Report of the Bombay Veterinary College
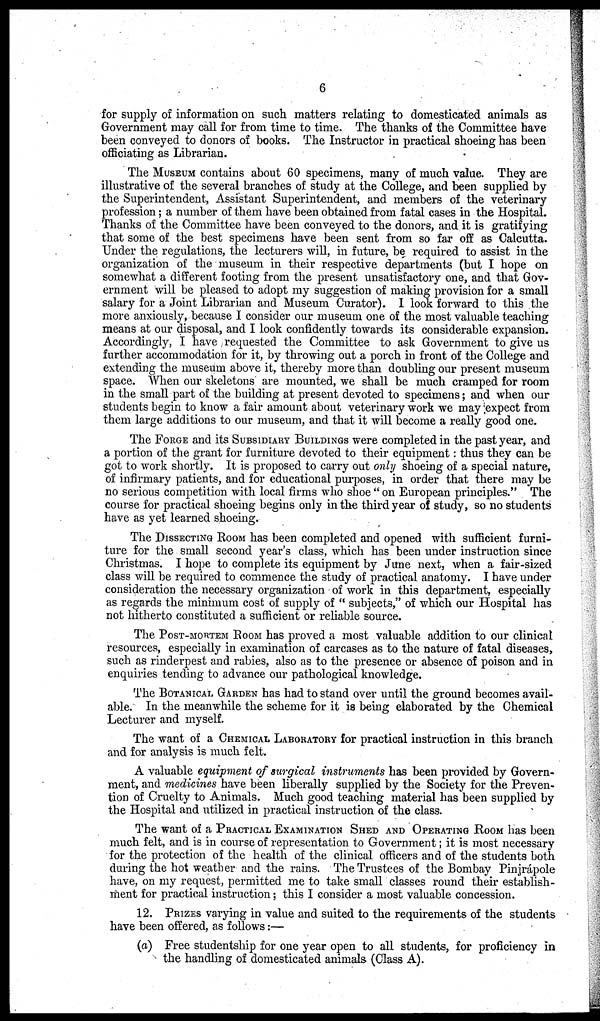
6
for supply of information on such matters relating to domesticated animals as
Government may call for from time to time. The thanks of the Committee have
been conveyed to donors of books. The Instructor in practical shoeing has been
officiating as Librarian.
The MUSEUM contains about 60 specimens, many of much value. They are
illustrative of the several branches of study at the College, and been supplied by
the Superintendent, Assistant Superintendent, and members of the veterinary
profession; a number of them have been obtained from fatal cases in the Hospital.
Thanks of the Committee have been conveyed to the donors, and, it is gratifying
that some of the best specimens have been sent from so far off as Calcutta.
Under the regulations, the lecturers will, in future, be required to assist in the
organization of the museum in their respective departments (but I hope on
somewhat a different footing from the present unsatisfactory one, and that Gov-
ernment will be pleased to adopt my suggestion of making provision for a small
salary for a Joint Librarian and Museum Curator). I look forward to this the
more anxiously, because I consider our museum one of the most valuable teaching
means at our disposal, and I look confidently towards its considerable expansion.
Accordingly, I have requested the Committee to ask Government to give us
further accommodation for it, by throwing out a porch in front of the College and
extending the museum above it, thereby more than doubling our present museum
space. When our skeletons are mounted, we shall be much cramped for room
in the small-part of the building at present devoted to specimens; and when our
students begin to know a fair amount about veterinary work we may expect from
them large additions to our museum, and that it will become a really good one.
The FORGE and its SUBSIDIARY BUILDINGS were completed in the past year, and
a portion of the grant for furniture devoted to their equipment: thus they can be
got to work shortly. It is proposed to carry out only shoeing of a special nature,
of infirmary patients, and for educational purposes, in order that there may be
no serious competition with local firms who shoe " on European principles." The
course for practical shoeing begins only in the third year of study, so no students
have as yet learned shoeing.
The DISSECTING ROOM has been completed and opened with sufficient furni-
ture for the small second year's class, which has been under instruction since
Christmas. I hope to complete its equipment by June next, when a fair-sized
class will be required to commence the study of practical anatomy. I have under
consideration the necessary organization of work in this department, especially
as regards the minimum cost of supply of " subjects," of which our Hospital has
not hitherto constituted a sufficient or reliable source.
The POST-MORTEM ROOM has proved a most valuable addition to our clinical
resources, especially in examination of carcases as to the nature of fatal diseases,
such as rinderpest and rabies, also as to the presence or absence of poison and in
enquiries tending to advance our pathological knowledge.
The BOTANICAL GARDEN has had to stand over until the ground becomes avail-
able. In the meanwhile the scheme for it is being elaborated by the Chemical
Lecturer and myself.
The want of a CHEMICAL LABORATORY for practical instruction in this branch
and for analysis is much felt.
A valuable equipment of surgical instruments has been provided by Govern-
ment, and medicines have been liberally supplied by the Society for the Preven-
tion of Cruelty to Animals. Much good teaching material has been supplied by
the Hospital and utilized in practical instruction of the class.
The want of a PRACTICAL EXAMINATION SHED AND OPERATING ROOM has been
much felt, and is in course of representation to Government; it is most necessary
for the protection of the health of the clinical officers and of the students both
during the hot weather and the rains. The Trustees of the Bombay Pinjrápole
have, on my request, permitted me to take small classes round their establish-
ment for practical instruction; this I consider a most valuable concession.
12. PRIZES varying in value and suited to the requirements of the students
have been offered, as follows:—
(a) Free studentship for one year open to all students, for proficiency in
the handling of domesticated animals (Class A).